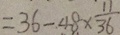
= 3 6 - 4 8 \times \frac { 1 1 } { 3 6 }